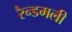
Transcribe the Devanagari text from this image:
रैन्डमली